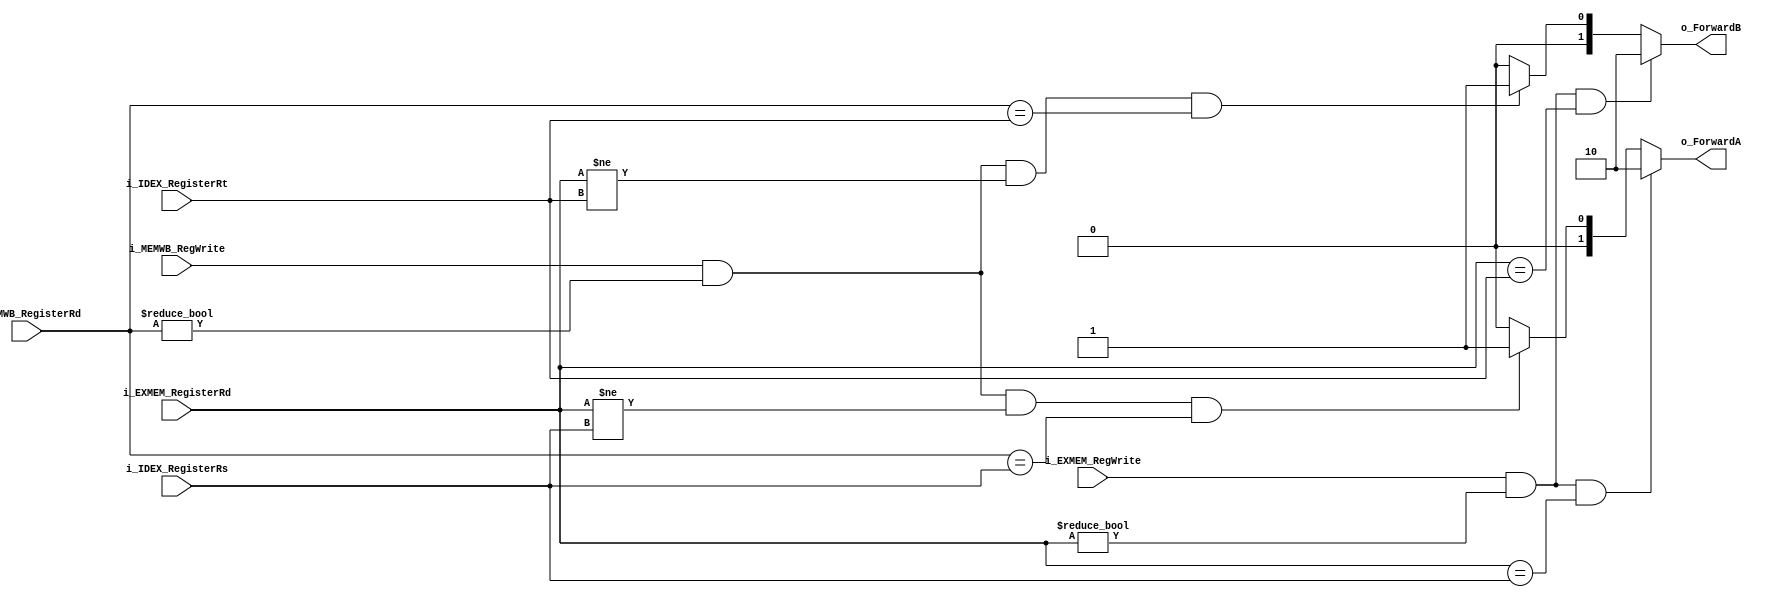
module Forwarding_unit (
	input  wire [4:0] i_IDEX_RegisterRs ,
	input  wire [4:0] i_IDEX_RegisterRt ,
	input  wire       i_EXMEM_RegWrite  ,
	input  wire [4:0] i_EXMEM_RegisterRd,
	input  wire [4:0] i_MEMWB_RegisterRd,
	input  wire       i_MEMWB_RegWrite  ,
	output wire [1:0] o_ForwardA        ,
	output wire [1:0] o_ForwardB
);

	reg [1:0] ForwardA;
	reg [1:0] ForwardB;

	always @(*) begin : proc_ForwardA
		if (i_EXMEM_RegWrite
			&& (i_EXMEM_RegisterRd != 5'b0)
			&& (i_EXMEM_RegisterRd == i_IDEX_RegisterRs))
		ForwardA = 2'b10;
		else if (i_MEMWB_RegWrite
			&& (i_MEMWB_RegisterRd != 5'b0)
			&& (i_EXMEM_RegisterRd != i_IDEX_RegisterRs)
			&& (i_MEMWB_RegisterRd == i_IDEX_RegisterRs))
		ForwardA = 2'b01;
		else
			ForwardA = 2'b00;
	end

	always @(*) begin : proc_ForwardB
		if (i_EXMEM_RegWrite
			&& (i_EXMEM_RegisterRd != 5'b0)
			&& (i_EXMEM_RegisterRd == i_IDEX_RegisterRt))
		ForwardB = 2'b10;
		else if (i_MEMWB_RegWrite
			&& (i_MEMWB_RegisterRd != 5'b0)
			&& (i_EXMEM_RegisterRd != i_IDEX_RegisterRt)
			&& (i_MEMWB_RegisterRd == i_IDEX_RegisterRt))
		ForwardB = 2'b01;
		else
			ForwardB = 2'b00;
	end

	assign o_ForwardA = ForwardA;
	assign o_ForwardB = ForwardB;

endmodule